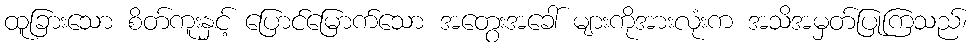
ထူခြားသော စိတ်ကူးနှင့် ပြောင်မြောက်သော အတွေးအခေါ် များကိုအားလုံးက အသိအမှတ်ပြုကြသည်၊